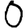
Digit: 0